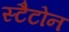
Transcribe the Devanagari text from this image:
स्टैटोन